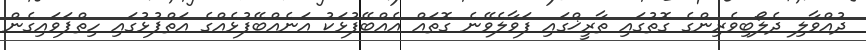
ދުއްވާލި ދެލޯބިވެރިންގެ ގޮތުގައި ތާރީޚްގައި ފަވާލެވޭނެ ގޮތައް އެއްބޭފުޅަކު އަނެއްބޭފުޅެއްގެ އަތްޕުޅުގައި ހިތްޕަވައިގެން